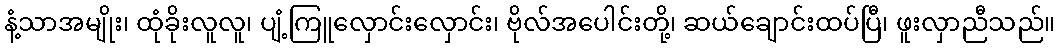
နံ့သာအမျိုး၊ ထုံခိုးလူလူ၊ ပျံ့ကြူလှောင်းလှောင်း၊ ဗိုလ်အပေါင်းတို့၊ ဆယ်ချောင်းထပ်ပြီ၊ ဖူးလှာညီသည်။